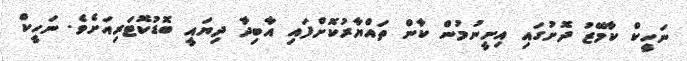
ނަހީކް ކާމޭޒު ދޮށުގައި އިށީނުމުން ކާން ތައްޔާރުކޮށްފައި އާބިދާ ދިޔައީ ބޮޑުކޮޓަރިއަށެވެ. ނަހީކް